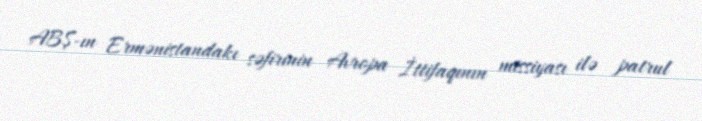
ABŞ-ın Ermənistandakı səfirinin Avropa İttifaqının missiyası ilə patrul